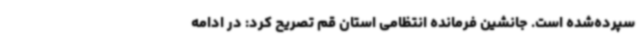
سپرده‌شده است. جانشین فرمانده انتظامی استان قم تصریح کرد: در ادامه